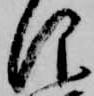
仰